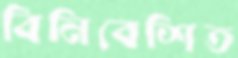
বিনিবেশিত